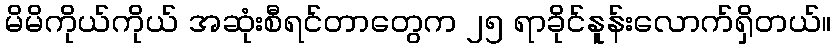
မိမိကိုယ်ကိုယ် အဆုံးစီရင်တာတွေက ၂၅ ရာခိုင်နူန်းလောက်ရှိတယ်။